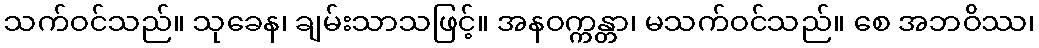
သက်ဝင်သည်။ သုခေန၊ ချမ်းသာသဖြင့်။ အနဝက္ကန္တာ၊ မသက်ဝင်သည်။ စေ အဘဝိဿ၊